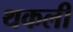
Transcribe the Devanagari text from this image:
थकली